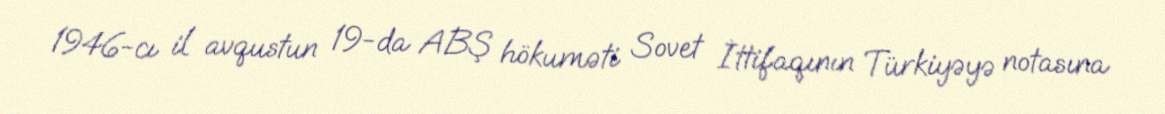
1946-cı il avqustun 19-da ABŞ hökuməti Sovet İttifaqının Türkiyəyə notasına